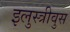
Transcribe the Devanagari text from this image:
इलुस्त्रीवुस